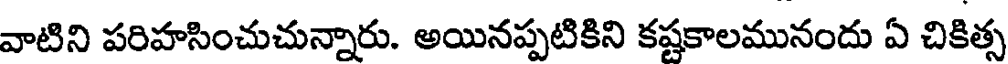
వాటిని పరిహసించుచున్నారు. అయినప్పటికిని కష్టకాలమునందు ఏ చికిత్స